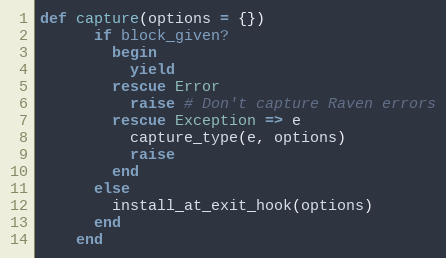
Language: Ruby
def capture(options = {})
      if block_given?
        begin
          yield
        rescue Error
          raise # Don't capture Raven errors
        rescue Exception => e
          capture_type(e, options)
          raise
        end
      else
        install_at_exit_hook(options)
      end
    end